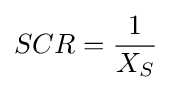
SCR={\frac {1}{X_{S}}}